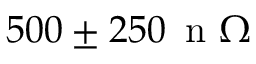
5 0 0 \pm 2 5 0 \, \mathrm { ~ n ~ } \Omega